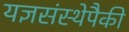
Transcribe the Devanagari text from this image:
यज्ञसंस्थेपैकी